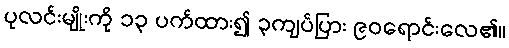
ပုလင်းမျိုးကို ၁၃ ပက်ထား၍ ၃ကျပ်ပြား ၉၀ရောင်းလေ၏။